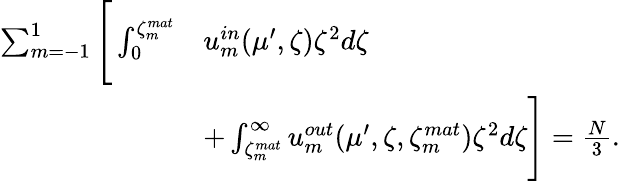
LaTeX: \begin{array}{rl}{\sum_{m=-1}^{1}\Bigg[\int_{0}^{\zeta_{m}^{mat}}}&{u_{m}^{in}(\mu^{\prime},\zeta)\zeta^{2}d\zeta}\\ &{+\int_{\zeta_{m}^{mat}}^{\infty}u_{m}^{out}(\mu^{\prime},\zeta,\zeta_{m}^{mat})\zeta^{2}d\zeta\Bigg]=\frac{N}{3}.}\end{array}